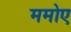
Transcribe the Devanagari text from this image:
ममोए